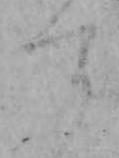
す